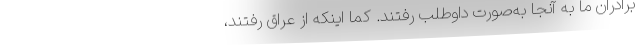
برادران ما به آنجا به‌صورت داوطلب رفتند. کما اینکه از عراق رفتند،